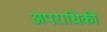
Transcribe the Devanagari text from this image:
अपराधिकी